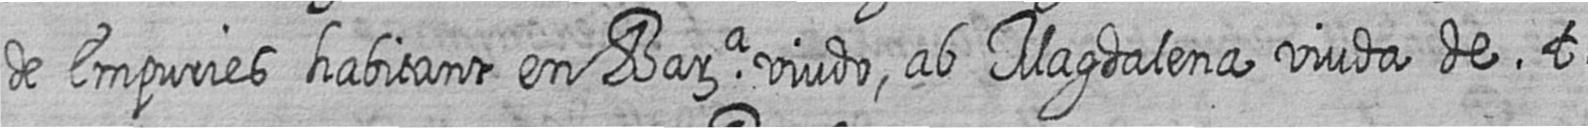
de Empuries habitant en Bara viudo ab Magdalena viuda de t